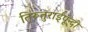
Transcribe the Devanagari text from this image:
तिरूतुराईपून्दी